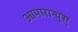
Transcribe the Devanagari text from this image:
आमारान्थूस्